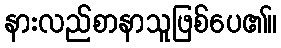
နားလည်စာနာသူဖြစ်ပေ၏။